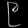
Digit: ၉